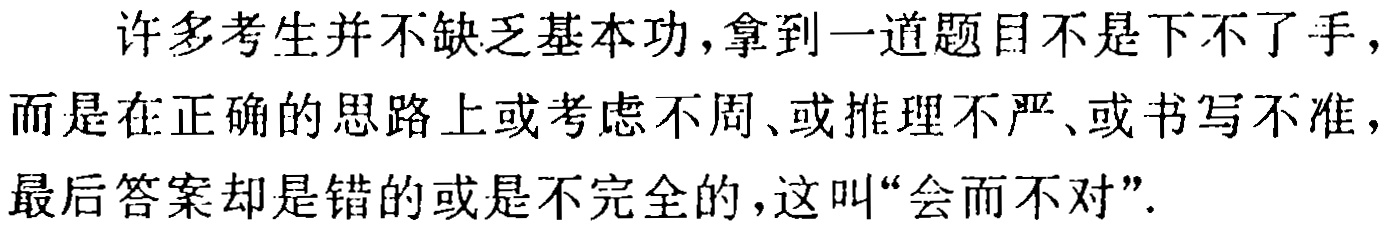
许多考生并不缺乏基本功，拿到一道题目不是下不了手，而是在正确的思路上或考虑不周、或推理不严、或书写不准，最后答案却是错的或是不完全的，这叫“会而不对”.